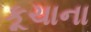
કૂચાના